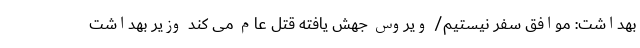
بهداشت: موافق سفر نیستیم/ ویروس جهش‌ یافته قتل عام می‌ کند وزیر بهداشت